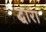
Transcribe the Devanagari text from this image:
द्धारा